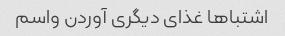
اشتباها غذای دیگری آوردن واسم